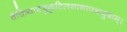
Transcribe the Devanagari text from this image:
वैचित्र्यादृजुकुटिलनानापथजुषाम्।